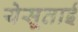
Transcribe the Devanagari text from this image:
येसूताई